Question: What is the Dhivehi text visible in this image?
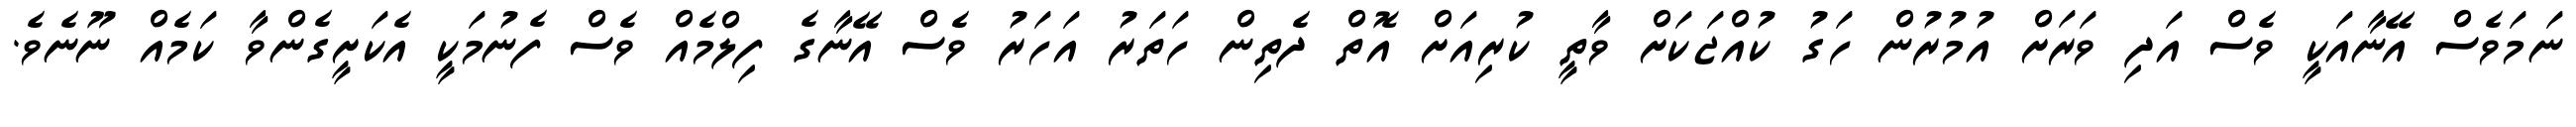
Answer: ނަމަވެސް އޭނާއަކީ ވެސް އަދި ވަރަށް އުމުރުން ހަގު ކުއްޖަކަށް ވާތީ ކުރިއަށް އޮތް ދެތިން ހަތަރު އަހަރު ވެސް އޭނާގެ ފިލްމެއް ވެސް ފެނުމަކީ އެކަށީގެންވާ ކަމެއް ނޫނެވެ.